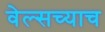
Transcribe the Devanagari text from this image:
वेल्सच्याच